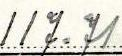
117.71